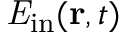
{ \it E } _ { \mathrm { i n } } ( { \bf r } , t )